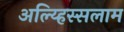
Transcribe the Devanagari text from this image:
अल्य्हिस्सलाम